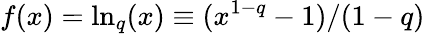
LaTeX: f(x)=\ln_{q}(x)\equiv(x^{1-q}-1)/(1-q)